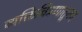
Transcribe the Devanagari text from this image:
व्यक्तिचित्रणातूनच